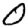
Digit: 0